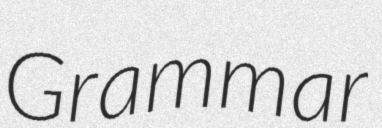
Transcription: Grammar